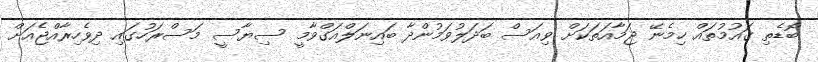
ބޮޑެތި ޤައުމުތައް ހިމެނޭ ޖަމާއަތަކަށް ވިއަސް ބަދަލުވަމުންދާ ބައިނަލްއަގްވާމީ ސިޔާސީ މަސްރަހުގައި ދިވެހިރާއްޖެއަށް